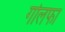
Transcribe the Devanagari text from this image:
गोलफा